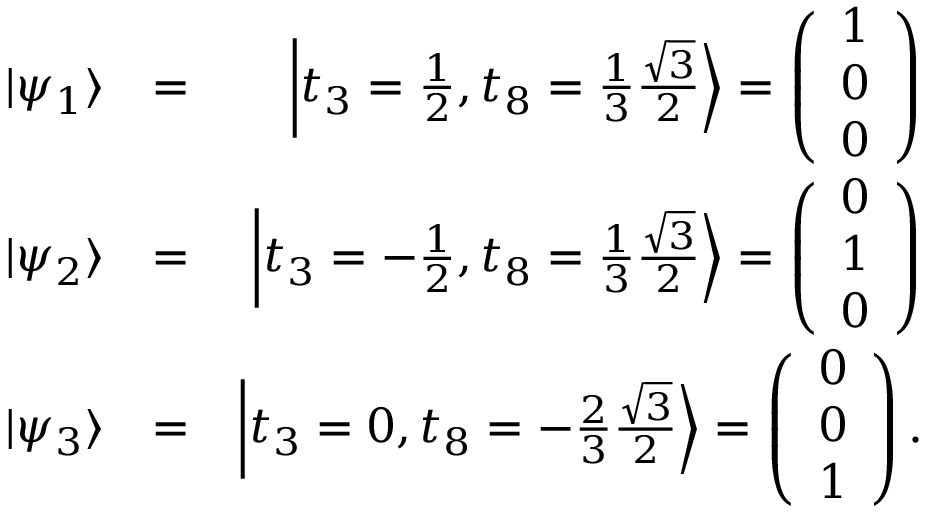
\begin{array} { r l r } { | \psi _ { 1 } \rangle } & { = } & { \left| t _ { 3 } = \frac { 1 } { 2 } , t _ { 8 } = \frac { 1 } { 3 } \frac { \sqrt { 3 } } { 2 } \right\rangle = \left( \begin{array} { l } { 1 } \\ { 0 } \\ { 0 } \end{array} \right) } \\ { | \psi _ { 2 } \rangle } & { = } & { \left| t _ { 3 } = - \frac { 1 } { 2 } , t _ { 8 } = \frac { 1 } { 3 } \frac { \sqrt { 3 } } { 2 } \right\rangle = \left( \begin{array} { l } { 0 } \\ { 1 } \\ { 0 } \end{array} \right) } \\ { | \psi _ { 3 } \rangle } & { = } & { \left| t _ { 3 } = 0 , t _ { 8 } = - \frac { 2 } { 3 } \frac { \sqrt { 3 } } { 2 } \right\rangle = \left( \begin{array} { l } { 0 } \\ { 0 } \\ { 1 } \end{array} \right) . } \end{array}